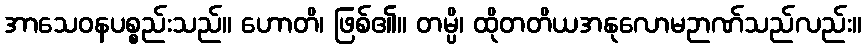
အာသေဝနပစ္စည်းသည်။ ဟောတိ၊ ဖြစ်၏။ တမ္ပိ၊ ထိုတတိယအနုလောမဉာဏ်သည်လည်း။